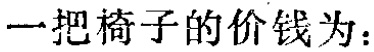
一把椅子的价钱为：